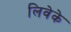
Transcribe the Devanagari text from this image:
लिवेके